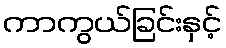
ကာကွယ်ခြင်းနှင့်